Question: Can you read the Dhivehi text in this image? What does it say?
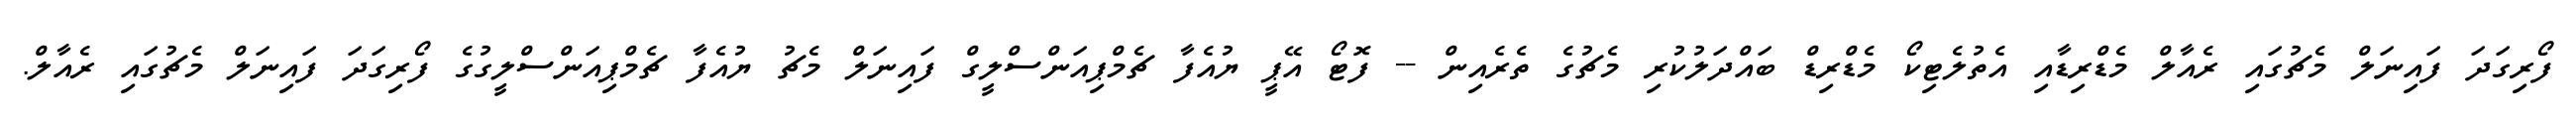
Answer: ފޯރިގަދަ ފައިނަލް މެޗުގައި ރެއާލް މެޑްރިޑާއި އެތުލެޓިކޯ މެޑްރިޑް ބައްދަލުކުރި މެޗުގެ ތެރެއިން -- ފޮޓޯ އޭޕީ ޔުއެފާ ޗެމްޕިއަންސްލީގް ފައިނަލް މެޗު ޔުއެފާ ޗެމްޕިއަންސްލީގުގެ ފޯރިގަދަ ފައިނަލް މެޗުގައި ރެއާލް.